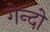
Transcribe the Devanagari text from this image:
गेन्दो